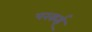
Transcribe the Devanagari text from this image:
परकई